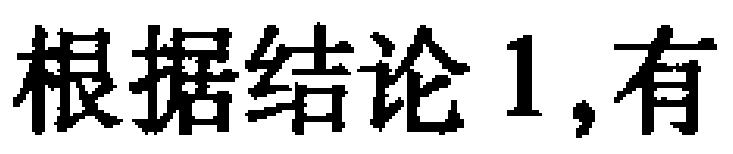
根据结论 1,有